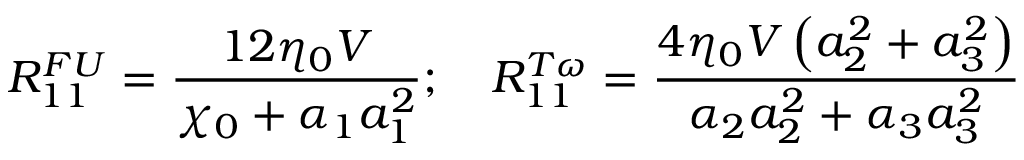
R _ { 1 1 } ^ { F U } = \frac { 1 2 \eta _ { 0 } V } { \chi _ { 0 } + \alpha _ { 1 } a _ { 1 } ^ { 2 } } ; \quad R _ { 1 1 } ^ { T \omega } = \frac { 4 \eta _ { 0 } V \left( a _ { 2 } ^ { 2 } + a _ { 3 } ^ { 2 } \right) } { \alpha _ { 2 } a _ { 2 } ^ { 2 } + \alpha _ { 3 } a _ { 3 } ^ { 2 } }